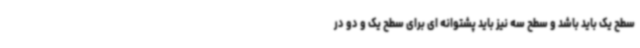
سطح یک باید باشد و سطح سه نیز باید پشتوانه ای برای سطح یک و دو در